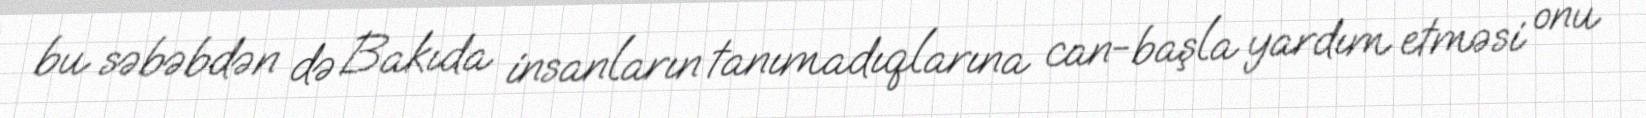
bu səbəbdən də Bakıda insanların tanımadıqlarına can-başla yardım etməsi onu